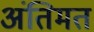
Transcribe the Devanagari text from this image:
अंतिमत